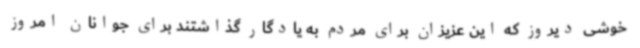
خوشی دیروز که این عزیزان برای مردم به یادگار گذاشتند برای جوانان امروز